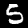
Label: 5